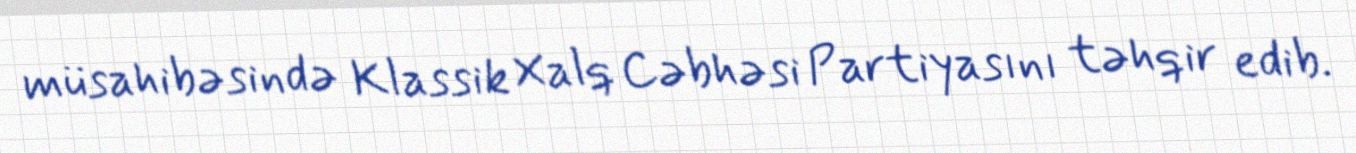
müsahibəsində Klassik Xalq Cəbhəsi Partiyasını təhqir edib.